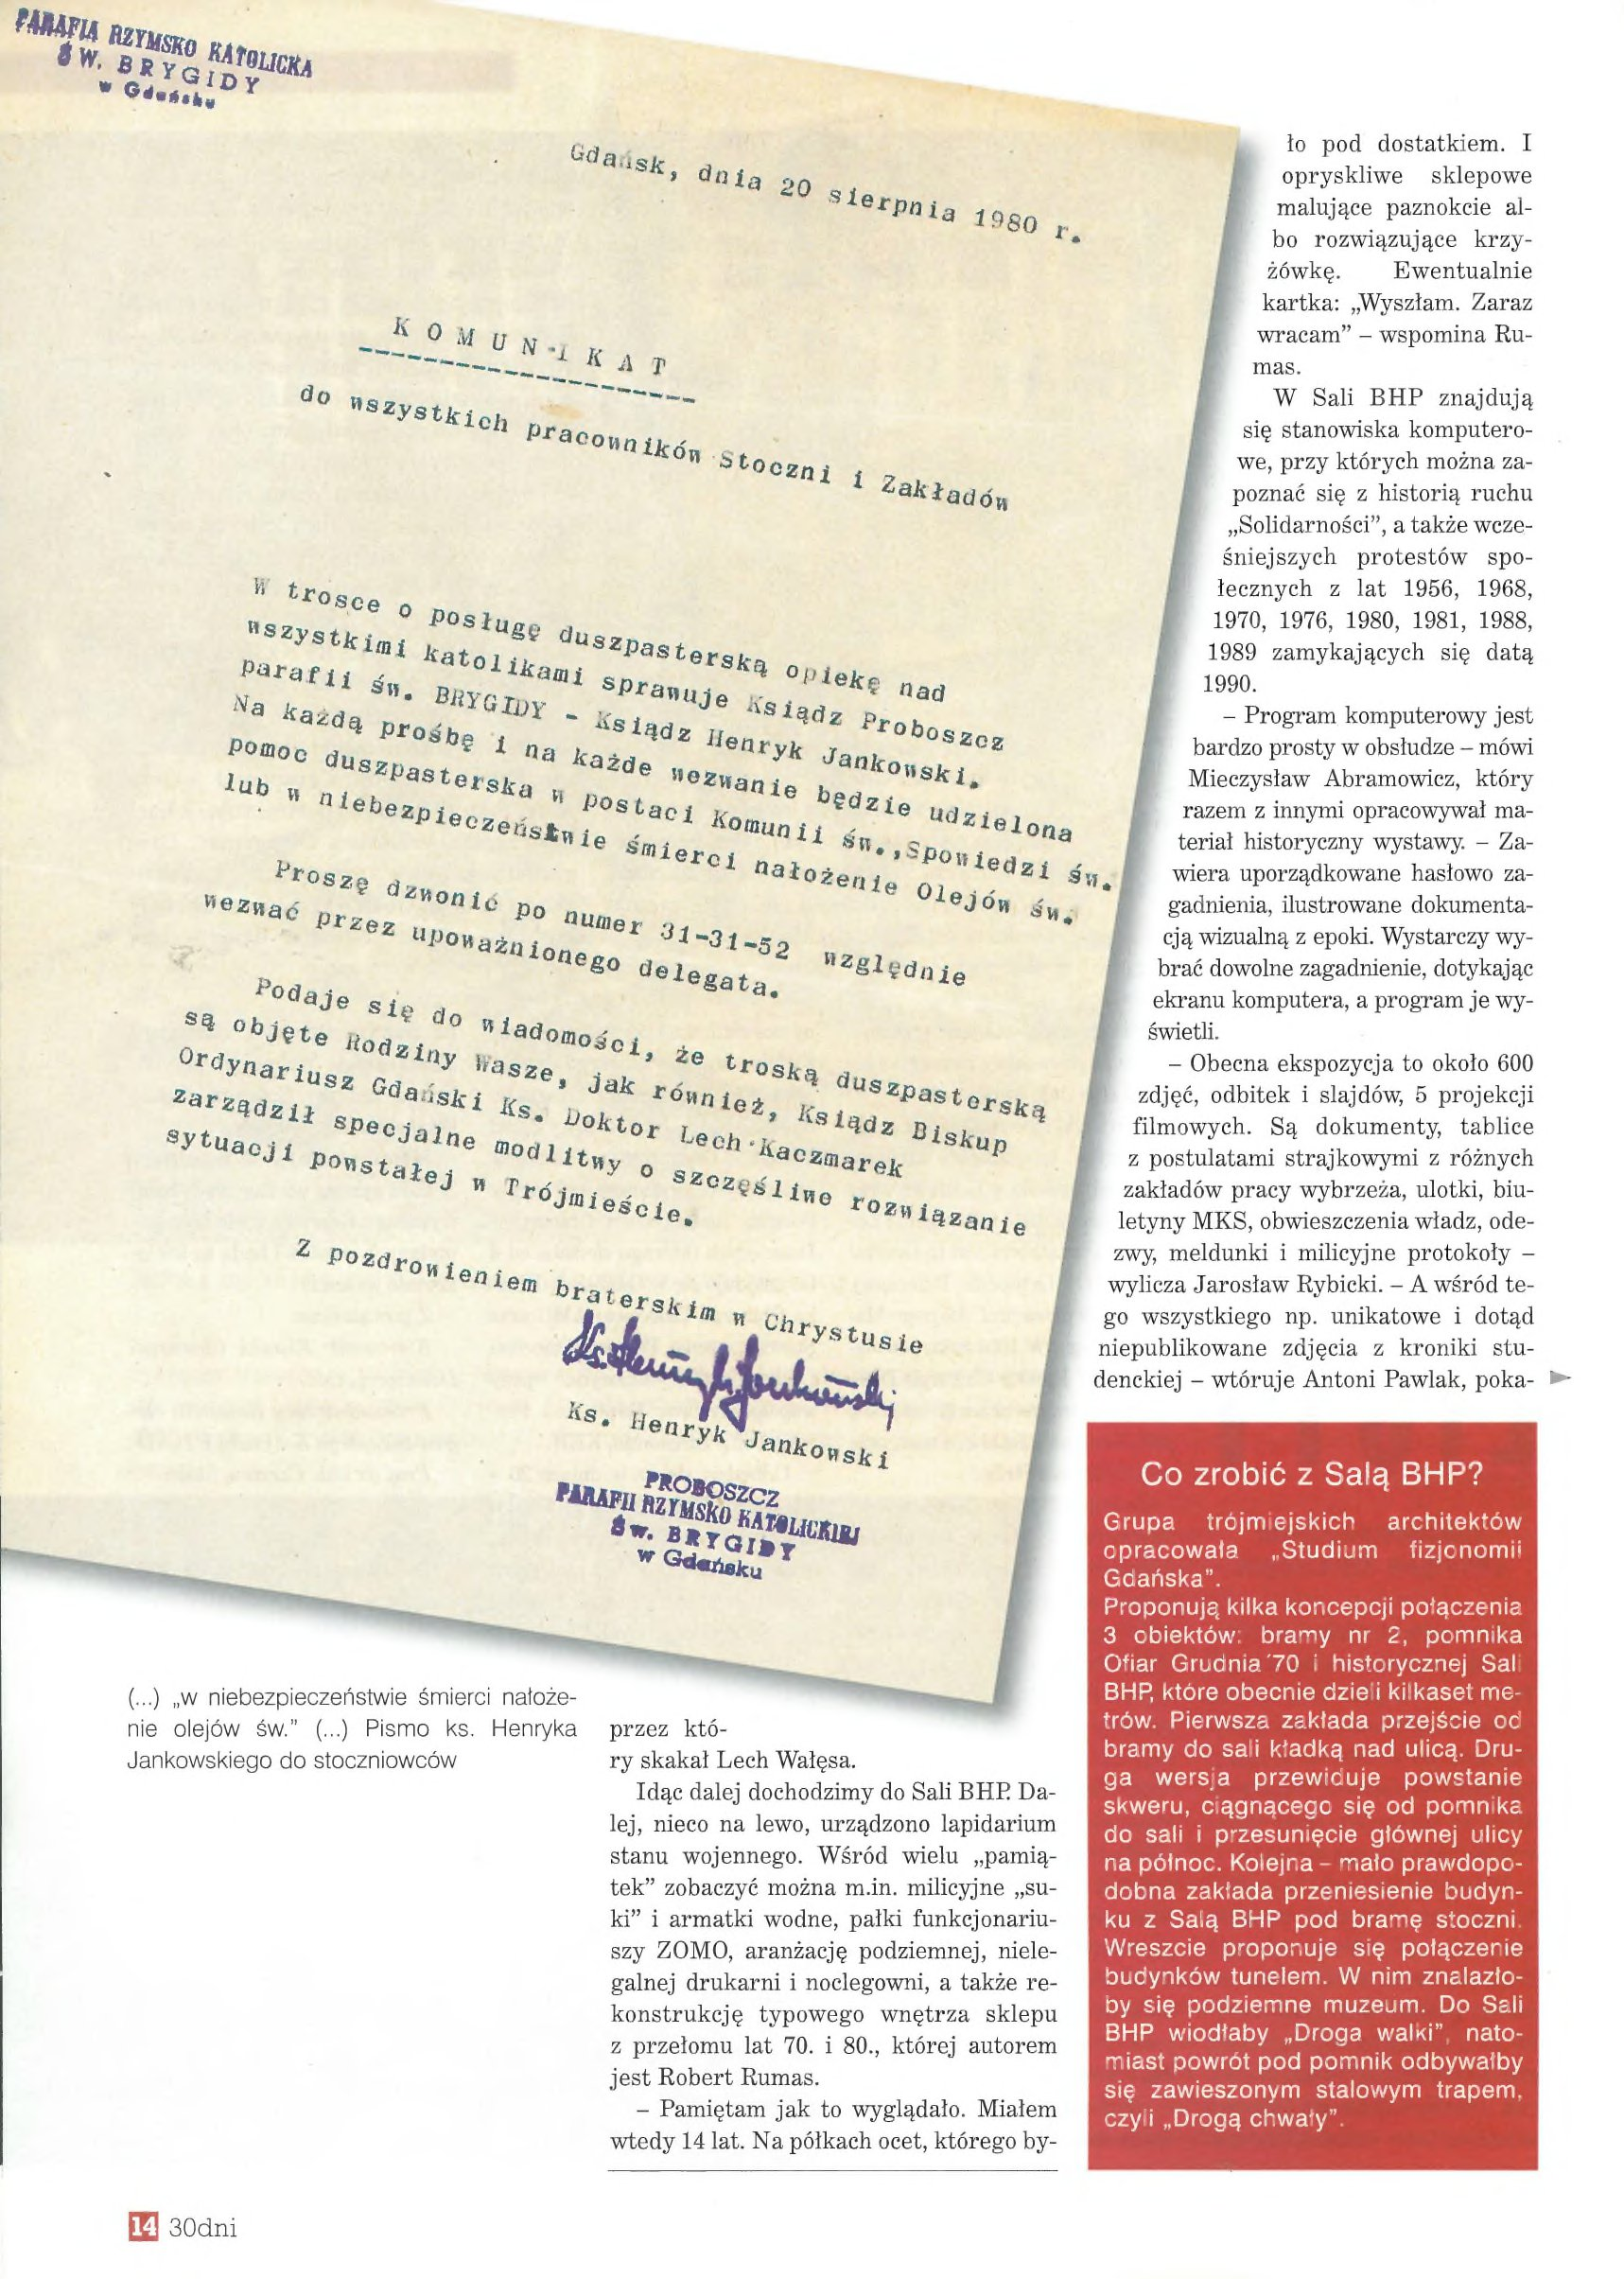
Language: pl